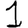
Digit: 1